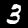
Label: 3